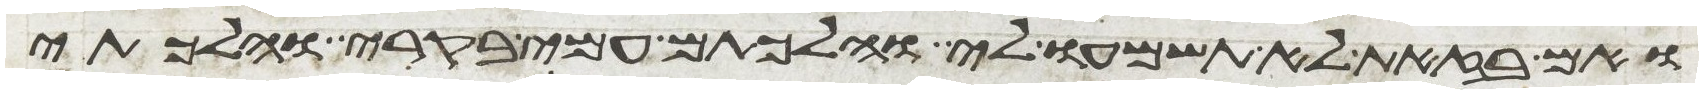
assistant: ואם בזאת לא תשמעו לי והלכתם עמי קרי והלכתי